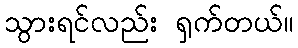
သွားရင်လည်း ရှက်တယ်။